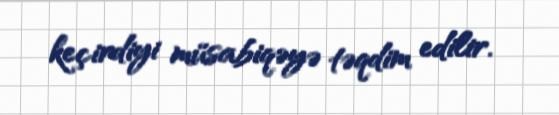
keçirdiyi müsabiqəyə təqdim edilir.